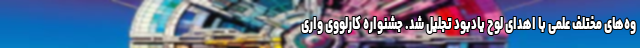
وه‌های مختلف علمی با اهدای لوح یادبود تجلیل شد. جشنواره کارلووی واری